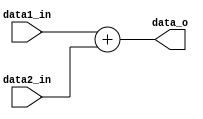
// Adder to compute the next PC
module Adder(
    data1_in,
    data2_in,
    data_o
);

// Ports
input   [31:0]  data1_in;
input   [31:0]  data2_in;
output  [31:0]  data_o;


// Wires and Registers
assign data_o = data1_in + data2_in;


endmodule